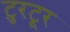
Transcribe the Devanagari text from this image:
टुरटूर